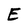
Character: E